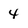
Character: 4